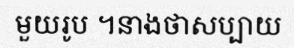
មួយរូប ។នាងថាសប្បាយ